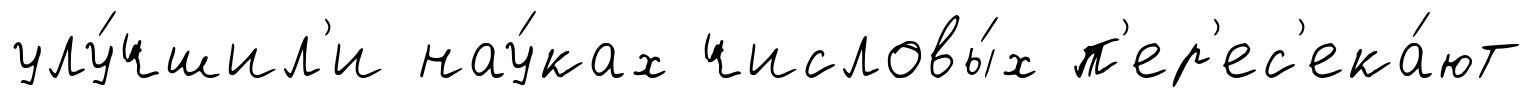
улу́чшил'и нау́ках числовы́х п'ер'ес'ека́ют